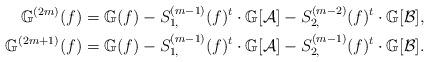
LaTeX: \begin{align*}\mathbb{G}^{(2m)}(f) & =\mathbb{G}(f)- S_{1,}^{(m-1)}(f)^{t}\cdot\mathbb{G}[\mathcal{A}]- S_{2,}^{(m-2)}(f)^{t}\cdot\mathbb{G}[\mathcal{B}],\\\mathbb{G}^{(2m+1)}(f) & =\mathbb{G}(f)- S_{1,}^{(m-1)}(f)^{t}\cdot\mathbb{G}[\mathcal{A}]- S_{2,}^{(m-1)}(f)^{t}\cdot\mathbb{G}[\mathcal{B}].\end{align*}